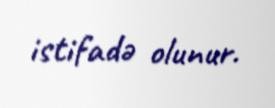
istifadə olunur.